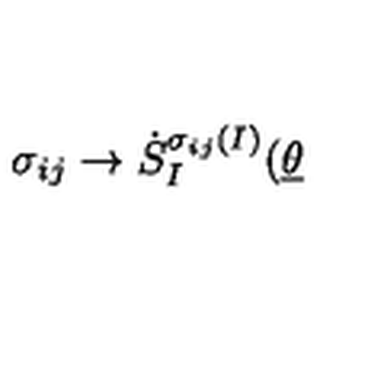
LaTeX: \sigma _ { i j } \rightarrow \dot { S } _ { I } ^ { \sigma _ { i j } ( I ) } ( \underline { { \theta } }